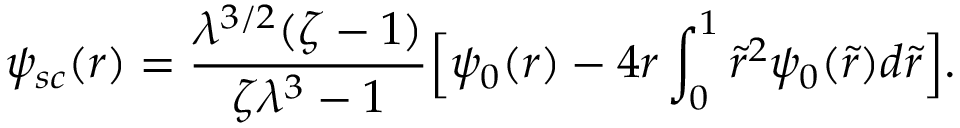
\psi _ { s c } ( r ) = \frac { \lambda ^ { 3 / 2 } ( \zeta - 1 ) } { \zeta \lambda ^ { 3 } - 1 } \Big [ \psi _ { 0 } ( r ) - 4 r \int _ { 0 } ^ { 1 } \tilde { r } ^ { 2 } \psi _ { 0 } ( \tilde { r } ) d \tilde { r } \Big ] .